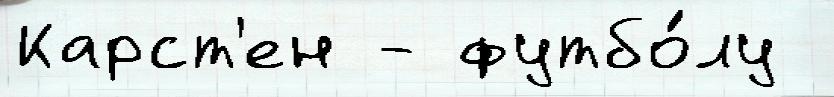
Карст'ен - футбо́лу